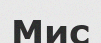
Мис